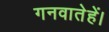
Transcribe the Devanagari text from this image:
गनवातेहें।